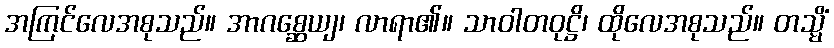
အကြင်လေအစုသည်။ အာဂစ္ဆေယျ၊ လာရာ၏။ သာဝါတဝုဋ္ဌိ၊ ထိုလေအစုသည်။ တသ္မိံ